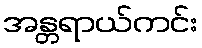
အန္တရာယ်ကင်း